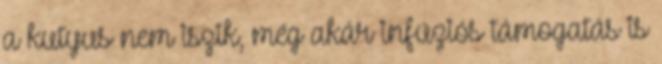
a kutyus nem iszik, még akár infúziós támogatás is